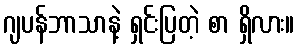
ဂျပန်ဘာသာနဲ့ ရှင်းပြတဲ့ စာ ရှိလား။